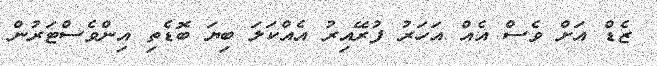
ޒެޑް އަށް ވެސް އެއް އަހަރު ފުރޭއިރު އެއްކަލަ ބިޔަ ބޮޑެތި އިންވެސްޓަރުން